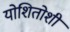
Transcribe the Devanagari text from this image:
योशितोशी